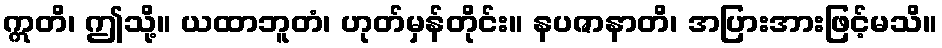
ဣတိ၊ ဤသို့။ ယထာဘူတံ၊ ဟုတ်မှန်တိုင်း။ နပဇာနာတိ၊ အပြားအားဖြင့်မသိ။